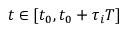
t \in [ t _ { 0 } , t _ { 0 } + \tau _ { i } T ]